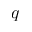
q